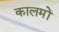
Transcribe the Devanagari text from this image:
कालमों